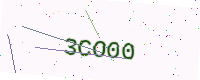
Text: 3CO00